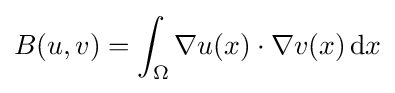
B(u,v)=\int _{\Omega }\nabla u(x)\cdot \nabla v(x)\,\mathrm {d} x